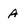
Character: A